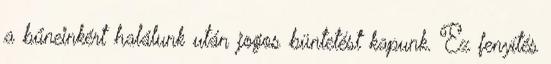
a bűneinkért halálunk után jogos büntetést kapunk. Ez fenyítés